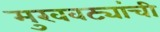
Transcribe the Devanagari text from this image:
मुखवट्यांची